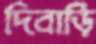
দিবাড়ি